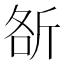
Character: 㪾